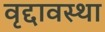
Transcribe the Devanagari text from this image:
वृद्दावस्था